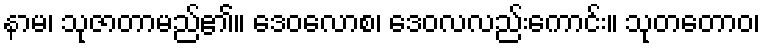
နာမ၊ သုဇာတာမည်၏။ ဒေဝလောစ၊ ဒေဝလလည်းကောင်း။ သုတတောဝ၊